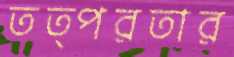
তত্পরতার